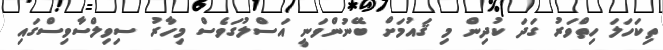
ތިކަހަލަ ހިތްވަރު ގަދަ ކުދިން މި ޤައުމަށް ބޭނުންވަނީ އަސްލުގަވެސް މިހާރު ސިވިލްސާވިސްގައި